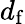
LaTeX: d_{\mathrm{f}}